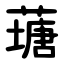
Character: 䕋